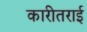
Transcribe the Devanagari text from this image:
कारीतराई